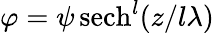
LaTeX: \varphi=\psi{\, \mathrm{sech}}^{l}(z/l\lambda)